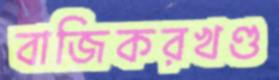
বাজিকরখণ্ড